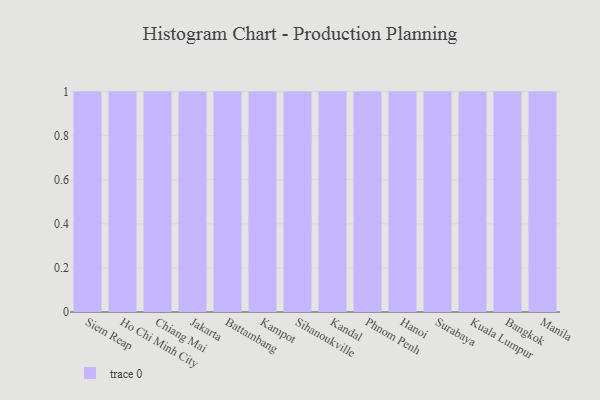
{"axis": {"x": "City", "y": "Budget (USD K)"}, "legend": [""], "data": [{"x": "Siem Reap", "y": 8, "type": ""}, {"x": "Ho Chi Minh City", "y": 90, "type": ""}, {"x": "Chiang Mai", "y": 53, "type": ""}, {"x": "Jakarta", "y": 37, "type": ""}, {"x": "Battambang", "y": 25, "type": ""}, {"x": "Kampot", "y": 63, "type": ""}, {"x": "Sihanoukville", "y": 17, "type": ""}, {"x": "Kandal", "y": 39, "type": ""}, {"x": "Phnom Penh", "y": 37, "type": ""}, {"x": "Hanoi", "y": 22, "type": ""}, {"x": "Surabaya", "y": 94, "type": ""}, {"x": "Kuala Lumpur", "y": 41, "type": ""}, {"x": "Bangkok", "y": 62, "type": ""}, {"x": "Manila", "y": 13, "type": ""}]}